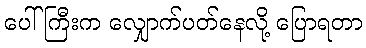
ပေါ်ကြီးက လျှောက်ပတ်နေလို့ ပြောရတာ